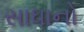
સાધાનો